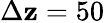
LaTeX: \Delta\mathbf{z}=50